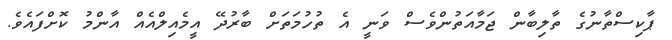
ޕާކިސްތާނުގެ ތާލިބާން ޖަމާއަތުންވެސް ވަނީ އެ ތުހުމަތަށް ބާރުދޭ އީމެއިލްއެއް އާންމު ކޮށްފައެވެ.